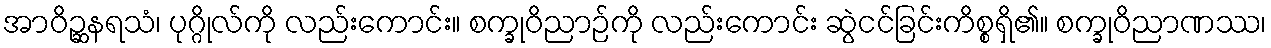
အာဝိဉ္ဆနရသံ၊ ပုဂ္ဂိုလ်ကို လည်းကောင်း။ စက္ခုဝိညာဉ်ကို လည်းကောင်း ဆွဲငင်ခြင်းကိစ္စရှိ၏။ စက္ခုဝိညာဏဿ၊